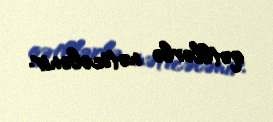
qətllərlə nəticələnir.